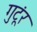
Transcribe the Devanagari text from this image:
गुटूंर